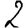
Digit: 2